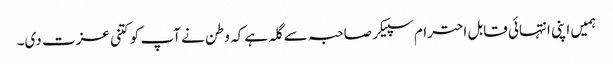
ہمیں اپنی انتہائی قابل احترام سپیکر صاحبہ سے گلہ ہے کہ وطن نے آپ کو کتنی عزت دی۔